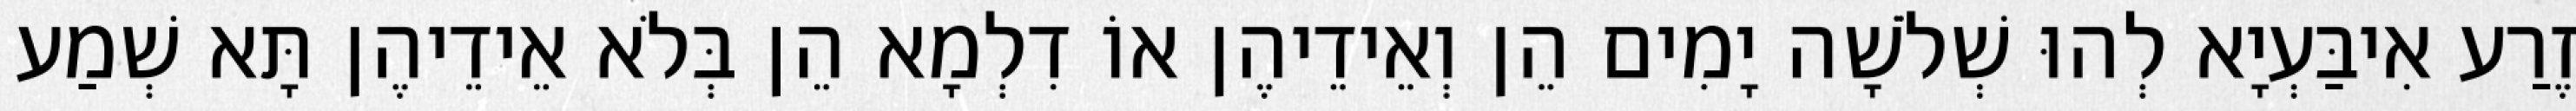
זֶרַע אִיבַּעְיָא לְהוּ שְׁלֹשָׁה יָמִים הֵן וְאֵידֵיהֶן אוֹ דִלְמָא הֵן בְּלֹא אֵידֵיהֶן תָּא שְׁמַע